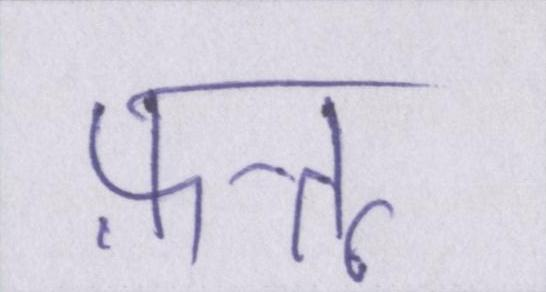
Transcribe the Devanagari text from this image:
फ़त्तू